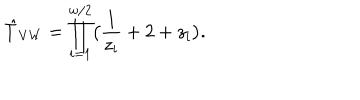
\hat { T } _ { \mathrm { V W } } = \prod _ { i = 1 } ^ { w / 2 } \bigl ( \frac { 1 } { z _ { i } } + 2 + z _ { i } \bigr ) .